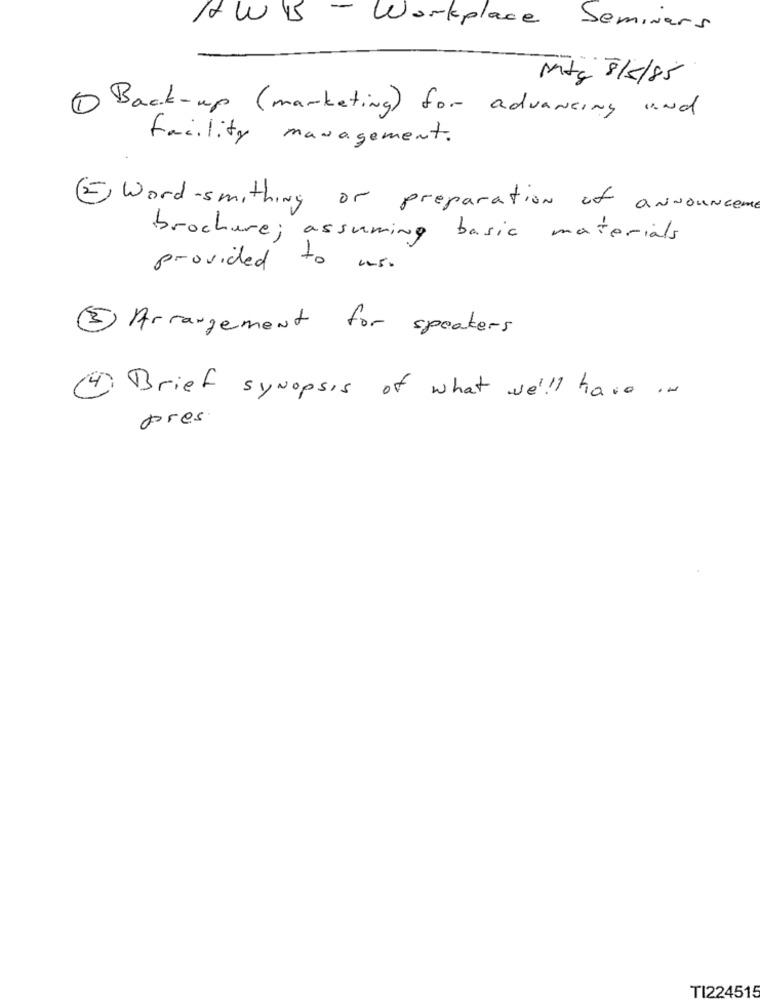
- Workplace Seminars
Mtg 8/5/85
Back-up ( marketing ) for advancing and
facility management.
Word-smithing or preparation of announceme
brochure ; assuming basic materials
provided
to us.
2 Arrangement for speakers
14 Brief synopsis of what we !!! have in
pres
TI224515